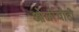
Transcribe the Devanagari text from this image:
ओळींचीही